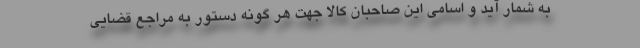
به شمار آید و اسامی این صاحبان کالا جهت هر گونه دستور به مراجع قضایی